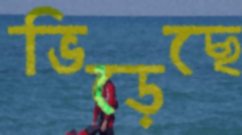
ভিড়েছে